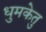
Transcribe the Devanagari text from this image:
धुमकेतु